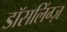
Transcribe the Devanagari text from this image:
डॉसलिंग्ज़